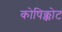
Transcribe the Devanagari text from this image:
कोषिक्कोट